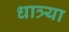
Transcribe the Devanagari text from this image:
धात्र्या